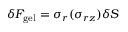
\delta F _ { \mathrm { g e l } } = \sigma _ { r } ( \sigma _ { r z } ) \delta S